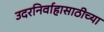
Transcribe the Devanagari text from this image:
उदरनिर्वाहासाठीच्या